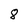
Character: 8